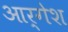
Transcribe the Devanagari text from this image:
आर्गेश